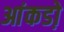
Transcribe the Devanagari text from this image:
आंकडो़